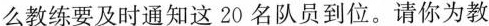
么教练要及时通知这20名队员到位。请你为教